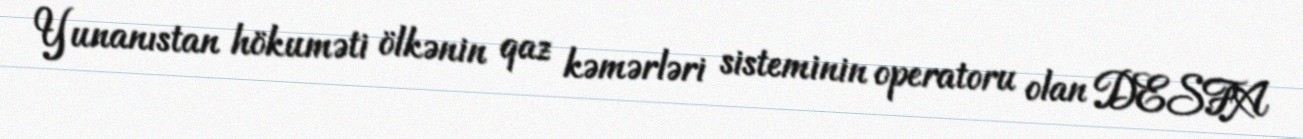
Yunanıstan hökuməti ölkənin qaz kəmərləri sisteminin operatoru olan DESFA